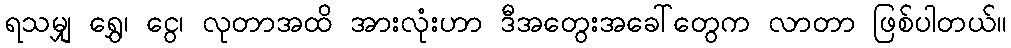
ရသမျှ ရွှေ၊ ငွေ၊ လုတာအထိ အားလုံးဟာ ဒီအတွေးအခေါ်တွေက လာတာ ဖြစ်ပါတယ်။